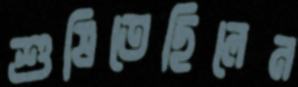
শুষিতেছিলেন